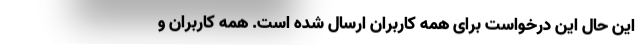
این حال این درخواست برای همه کاربران ارسال شده است. همه کاربران و